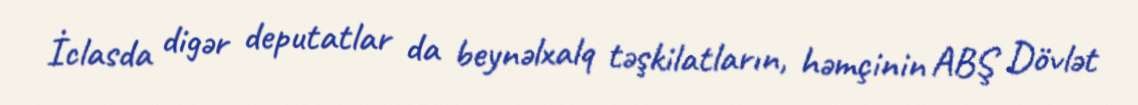
İclasda digər deputatlar da beynəlxalq təşkilatların, həmçinin ABŞ Dövlət